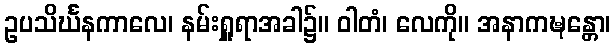
ဥပသိင်္ဃနကာလေ၊ နမ်းရှူရာအခါ၌။ ဝါတံ၊ လေကို။ အနာကဍ္ဎန္တော၊